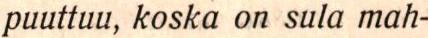
puuttuu, koska on sula mah-